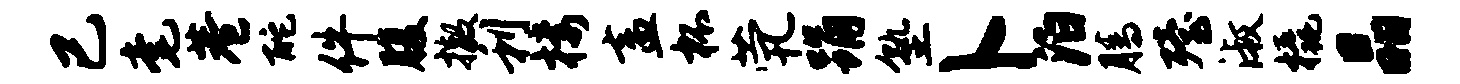
已毫巷酡件腹撤利楼盍杯茕踊塾卜泊腾殪淑橇晶